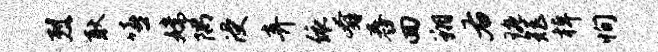
烈耿嘻嫦隅浸弃依奔舂回翔右琬矩棹恂